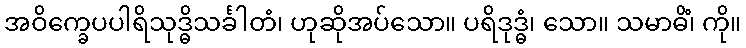
အဝိက္ခေပပါရိသုဒ္ဓိသင်္ခါတံ၊ ဟုဆိုအပ်သော။ ပရိဒုဒ္ဓံ၊ သော။ သမာဓိံ၊ ကို။